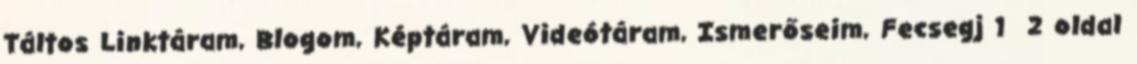
Táltos Linktáram, Blogom, Képtáram, Videótáram, Ismerőseim, Fecsegj 1 2 oldal